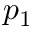
p _ { 1 }